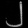
Digit: ၂